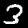
Digit: 3